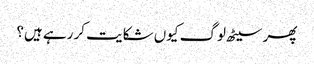
پھر سیٹھ لوگ کیوں شکایت کر رہے ہیں؟